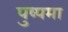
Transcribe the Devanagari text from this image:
पुष्पमा